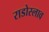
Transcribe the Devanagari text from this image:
राडोस्लाव